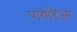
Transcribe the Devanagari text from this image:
पायटिज़्म